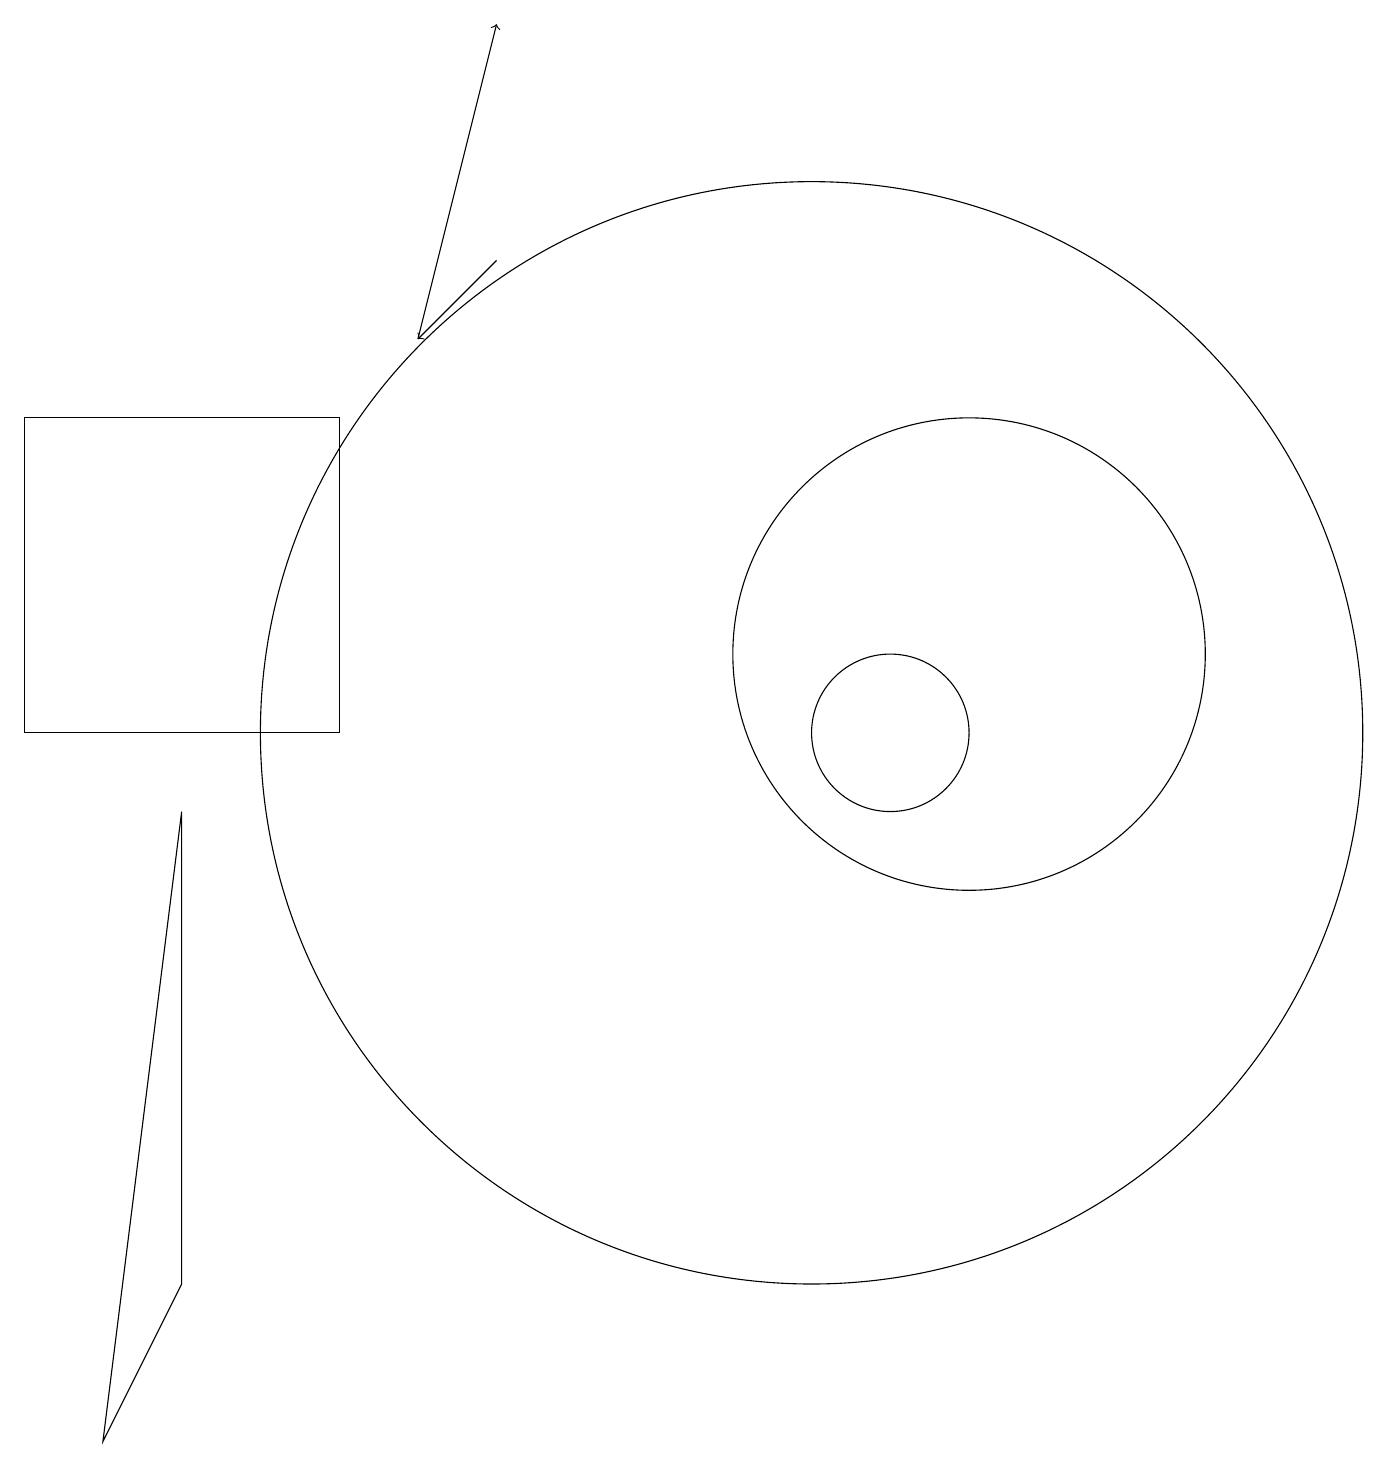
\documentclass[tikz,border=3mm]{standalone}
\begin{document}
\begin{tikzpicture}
\draw[->] (6,16) -- (5,15);
\draw (12,11) circle (3);
\draw (10,10) circle (7);
\draw (0,14) rectangle (4,10);
\draw (11,10) circle (1);
\draw (2,9) -- (1,1) -- (2,3) -- cycle;
\draw[->] (5,15) -- (6,19);
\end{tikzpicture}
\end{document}